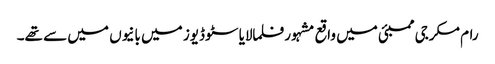
رام مکرجی ممبئی میں واقع مشہور فلمالایا سٹوڈیوز میں بانیوں میں سے تھے۔